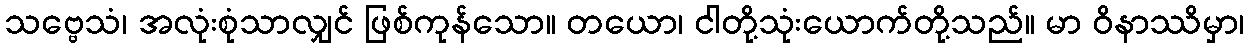
သဗ္ဗေသံ၊ အလုံးစုံသာလျှင် ဖြစ်ကုန်သော။ တယော၊ ငါတို့သုံးယောက်တို့သည်။ မာ ဝိနာဿိမှာ၊